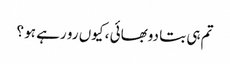
تم ہی بتا دوبھائی ، کیوں رو رہے ہو ؟